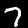
Label: 7